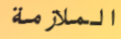
الملازمة